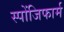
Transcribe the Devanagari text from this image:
स्पोंजिफार्म